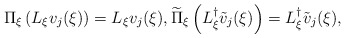
\begin{align*}\Pi_\xi\left(L_\xi v_j(\xi)\right)=L_\xi v_j(\xi),\widetilde{\Pi}_\xi\left(L_\xi^\dag \tilde v_j(\xi)\right)=L_\xi^\dag\tilde v_j(\xi),\end{align*}